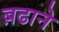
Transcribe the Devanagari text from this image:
ब़ढाने